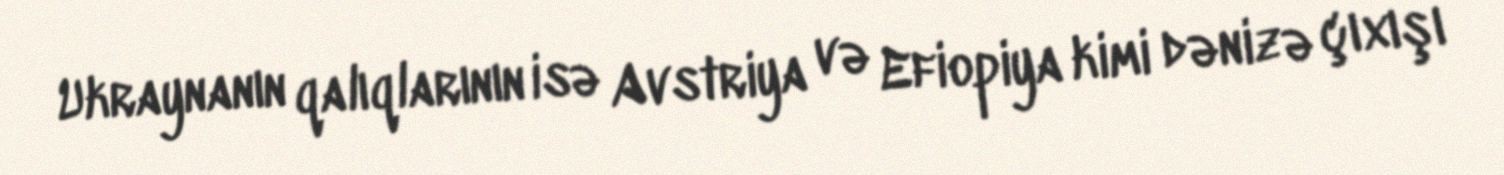
Ukraynanın qalıqlarının isə Avstriya və Efiopiya kimi dənizə çıxışı